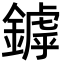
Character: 鏬